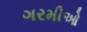
ગરમીઓ